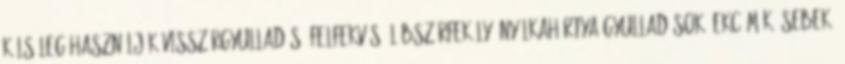
Külsőleg használják visszérgyulladás, felfekvés, lábszárfekély, nyálkahártya gyulladások, ekcémák, sebek,